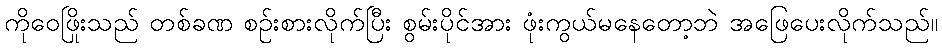
ကိုဝေဖြိုးသည် တစ်ခဏ စဉ်းစားလိုက်ပြီး စွမ်းပိုင်အား ဖုံးကွယ်မနေတော့ဘဲ အဖြေပေးလိုက်သည်။